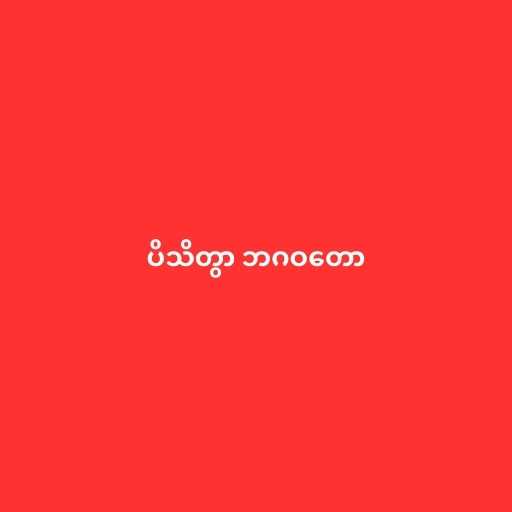
ပိသိတွာ ဘဂဝတော